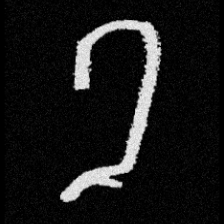
Pyu character \u2014 Myanmar letter: ခ (romanized: kha)